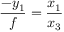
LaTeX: { \frac { - y _ { 1 } } { f } } = { \frac { x _ { 1 } } { x _ { 3 } } }